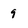
Character: 9